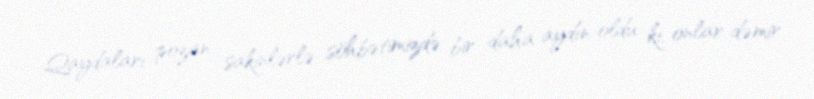
Qaydaları pozan sakinlərlə söhbətimizdə bir daha aydın oldu ki, onlar dəmir